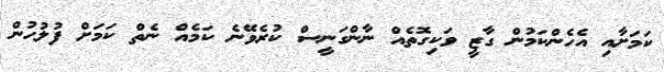
ކަމަށާއި އެހެންކަމުން ގާޒީ ވަކިގޮތެއް ނާންގަނީސް ކުރެވޭނެ ކަމެއް ނެތް ކަމަށް ފުލުހުން